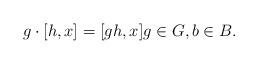
LaTeX: \begin{align*}g \cdot [h,x] = [gh,x]g\in G, b\in B.\end{align*}